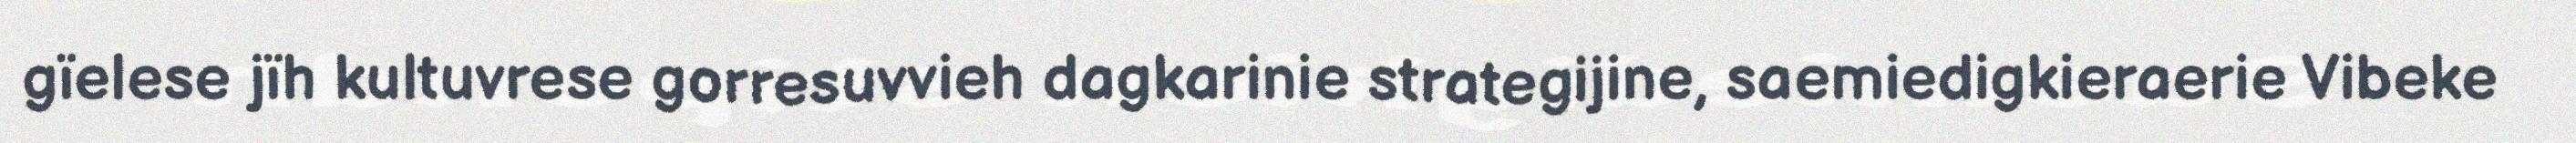
gïelese jïh kultuvrese gorresuvvieh dagkarinie strategijine, saemiedigkieraerie Vibeke